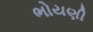
ભોયણી